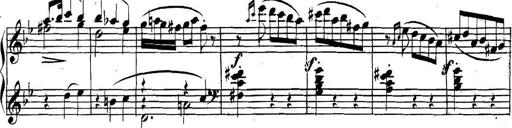
Title: Collected Piano Sonatas
Composer: Muzio Clementi